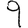
Digit: 9